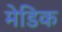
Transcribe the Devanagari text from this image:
मेडिक